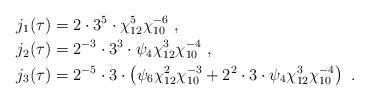
LaTeX: \begin{align*} j_1(\tau) & = 2\cdot 3^5\cdot\chi_{12}^5\chi_{10}^{-6} \ , \\ j_2(\tau) & = 2^{-3}\cdot3^3\cdot\psi_4\chi_{12}^3\chi_{10}^{-4} \ , \\ j_3(\tau) & = 2^{-5}\cdot 3\cdot \left( \psi_6\chi_{12}^2\chi_{10}^{-3} + 2^2\cdot3\cdot\psi_4\chi_{12}^3\chi_{10}^{-4} \right) \ .\end{align*}